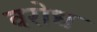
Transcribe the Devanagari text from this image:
वरोध